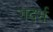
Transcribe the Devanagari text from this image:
गदर्भ